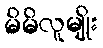
မိမိလူမျိုး